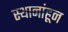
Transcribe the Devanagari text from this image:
स्थानांहून